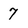
Character: 7